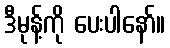
ဒီမုန့်ကို ပေးပါနော်။